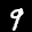
Digit: 9